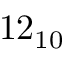
1 2 _ { 1 0 }